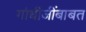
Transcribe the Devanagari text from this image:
गांधीजींबाबत